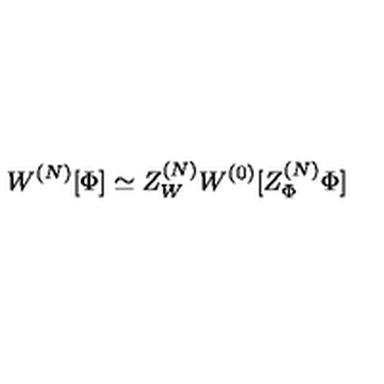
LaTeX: W ^ { ( N ) } [ \Phi ] \simeq Z _ { W } ^ { ( N ) } W ^ { ( 0 ) } [ Z _ { \Phi } ^ { ( N ) } \Phi ]